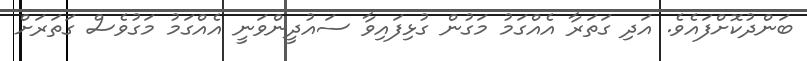
ބަންދުކޮށްފައެވެ. އަދި ގަތަރާ އެއްގަމު މަގުން ގުޅިފައިވާ ސައުދީންވަނީ އެއްގަމު މަގުވެސް ގަތަރަށް